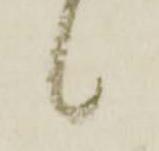
候